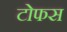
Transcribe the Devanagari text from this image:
टोफस